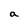
Character: a